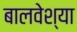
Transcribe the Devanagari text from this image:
बालवेश्या